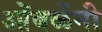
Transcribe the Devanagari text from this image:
ओंबळेंनी